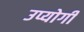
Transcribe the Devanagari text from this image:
उप्योगी